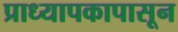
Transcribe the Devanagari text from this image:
प्राध्यापकापासून